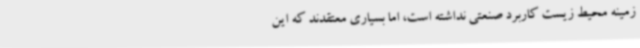
زمینه محیط زیست کاربرد صنعتی نداشته است، اما بسیاری معتقدند که این